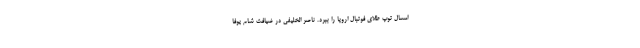
امسال توپ طلای فوتبال اروپا را ببرد. ناصر الخلیفی در ضیافت شام یوفا